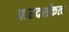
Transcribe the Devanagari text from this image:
पारदर्शकत्व